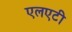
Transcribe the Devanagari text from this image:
एलएटी